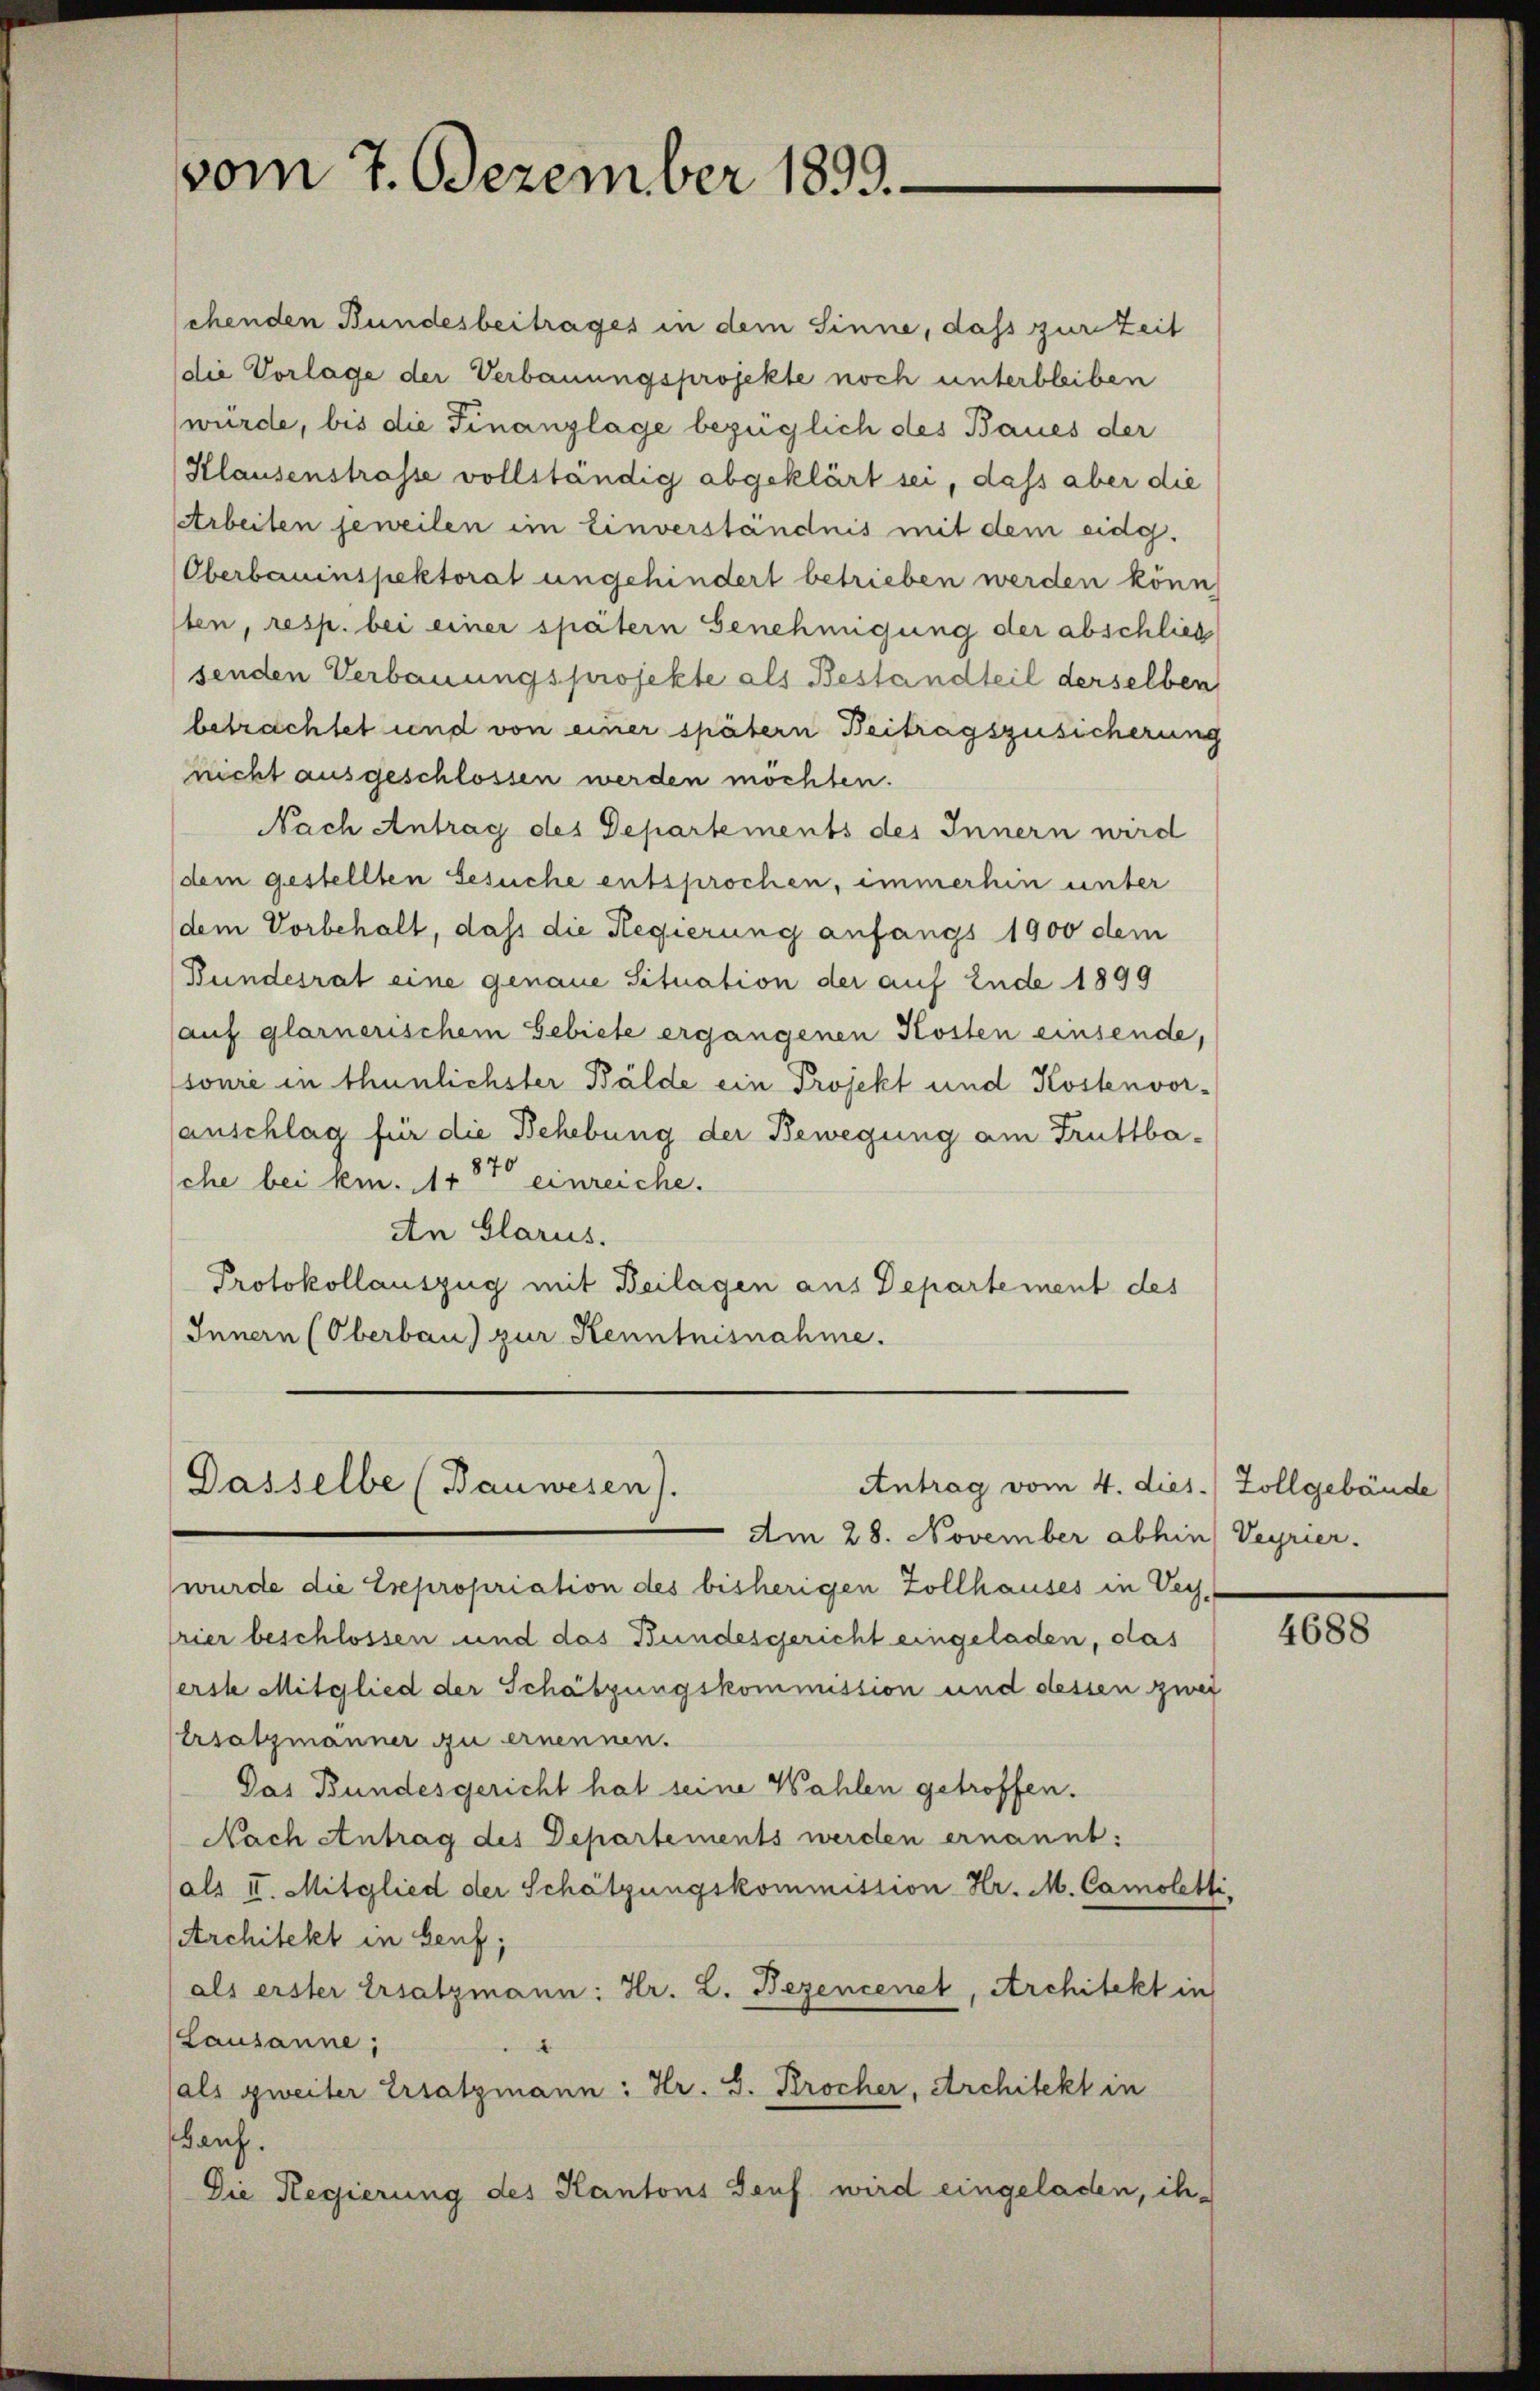
vom 7. Dezember 1899.

sehenden Bundesbeitrages in dem Sinne, dass zur Zeit
die Vorlage der Verbauungsprojekte noch unterbleiben
wurde, bis die Finanzlage bezüglich des Baues der
Klausenstrasse vollständig abgeklärt sei, dass aber die
Arbeiten jeweilen im Einverständnis mit dem eidg.
Oberbauinspektorat ungehindert betrieben werden könn
sten, resp. bei einer spätern Genehmigung der abschließ
senden Verbauungsprojekte als Bestandteil derselben
betrachtet und von einer spätern Beitragszusicherung
nicht ausgeschlossen werden möchten.
Nach Antrag des Departements des Innern wird
(dem gestellten Gesuche entsprochen, immerhin unter
dem Vorbehalt, daß die Regierung anfangs 1900 dem
(Bundesrat eine genaue Situation der auf Ende 1899
auf glarnerischem Gebiete ergangenen Kosten einsende,
sonie in thunlichster Bälde ein Projekt und Kostenvorsanschlag für die Behebung der Bewegung am Truttbasche bei km. 115 einreiche.
An Glarus.
Protokollauszug mit Beilagen aus Departement des
Innern (Oberbau) zur Kenntnisnahme.

Dasselbe (Bauwesen).
Antrag vom 4. dies. Zollgebäude

Am 28. November abhin) Veyrier.
wurde die Expropriation des bisherigen Zollhauses in Ver
rier beschlossen und das Bundesgericht eingeladen, das
erst Mitglied der Schätzungskommission und dessen zwei
Ersatzmänner zu ernennen.
Das Bundesgericht hat seine Wahlen getroffen.
Nach Antrag des Departements werden ernannt:
als II. Mitglied der Schätzungskommission Hr. M. Camoletti
Architekt in Benz;
als erster Ersatzmann: Hr. L. Bezencenet, Architekt in
Lausanne;
d
als zweiter Ersatzmann: Hr. S. Krocher, Architekt in
Gauf.
Die Regierung des Kantons Genf wird eingeladen, ih¬

4688